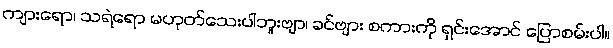
ကျားရော၊ သရဲရော မဟုတ်သေးပါဘူးဗျာ၊ ခင်ဗျား စကားကို ရှင်းအောင် ပြောစမ်းပါ။